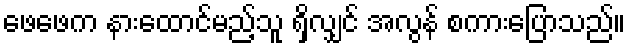
ဖေဖေက နားထောင်မည့်သူ ရှိလျှင် အလွန် စကားပြောသည်။